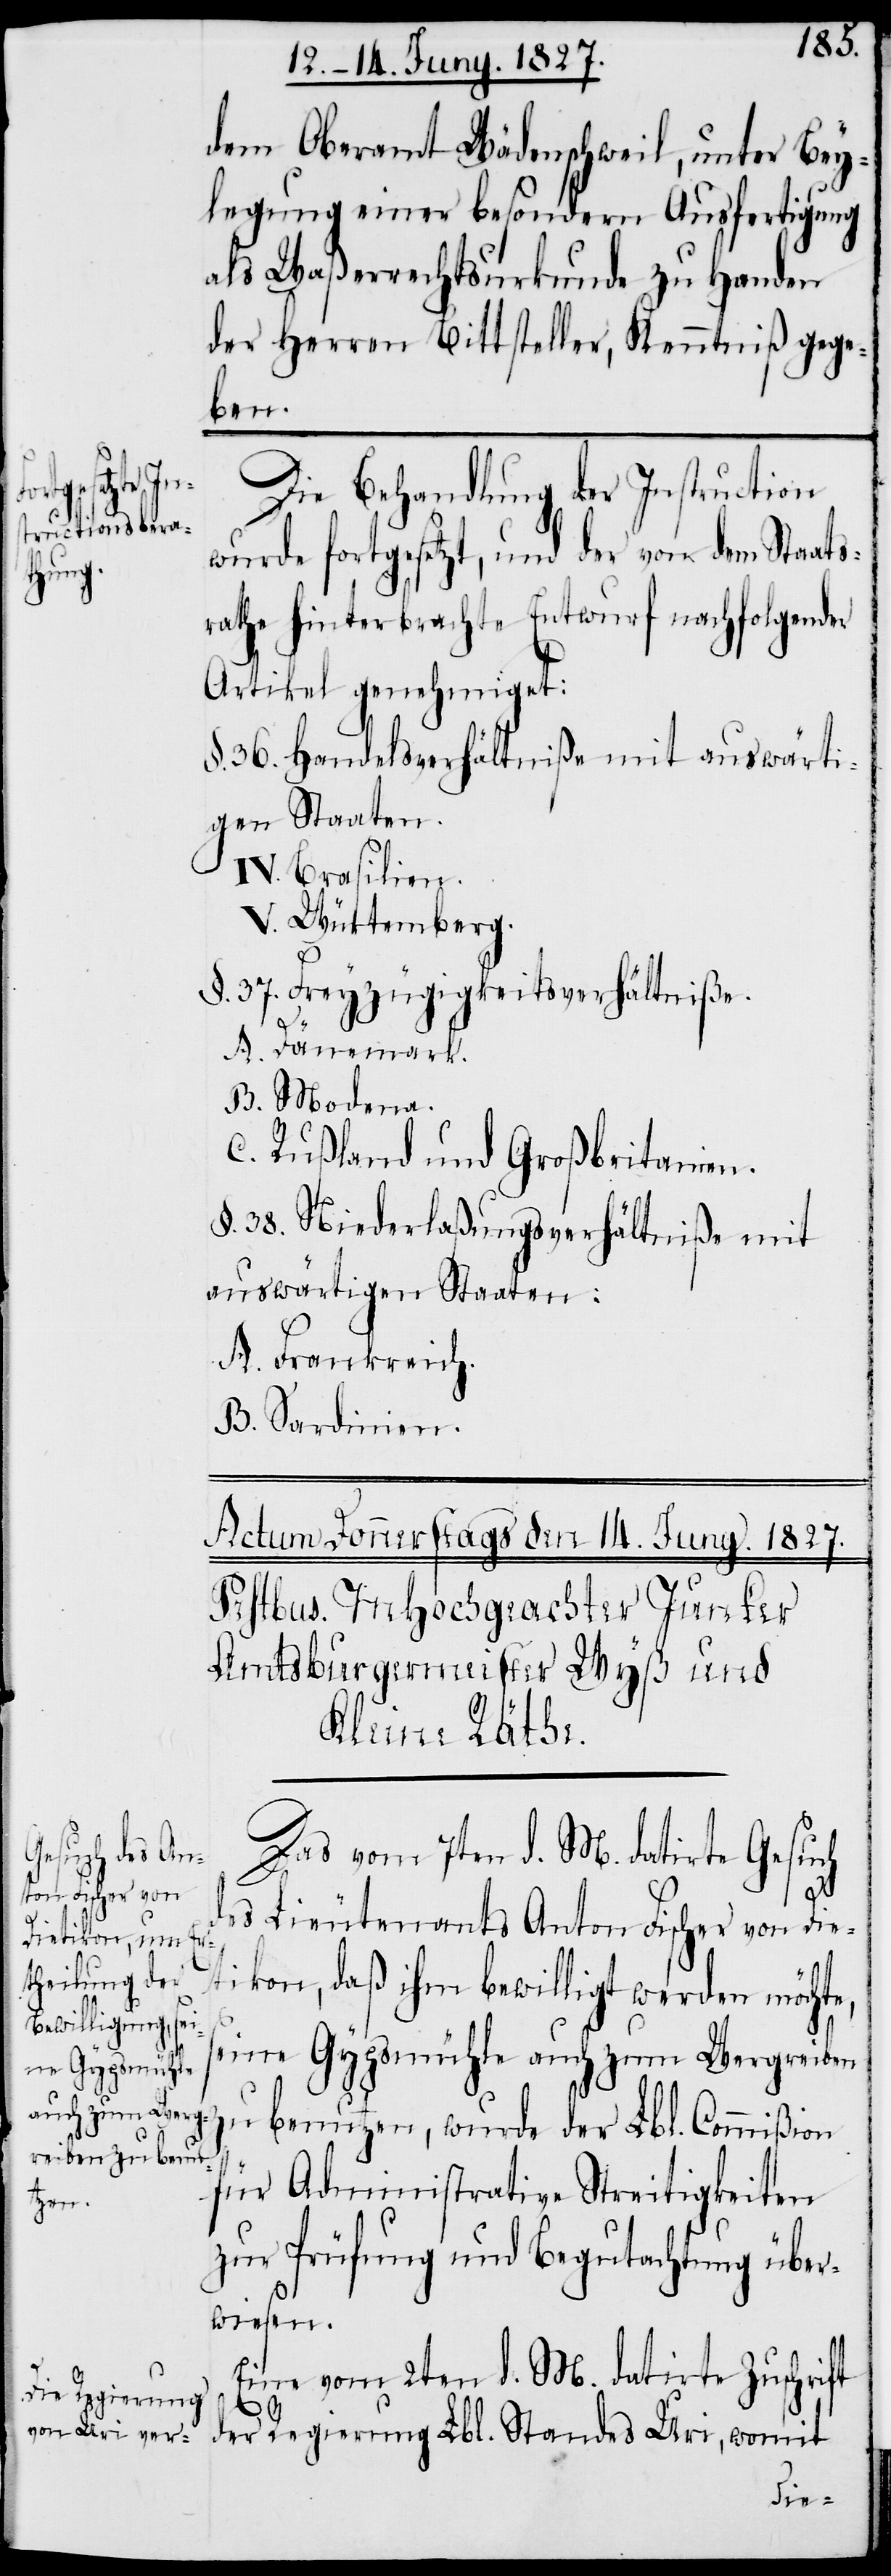
dem Oberamt Wädenschweil, unter Bey¬
legung einer besondern Ausfertigung
als Waßerrechtsurkunde zu Handen
der Herren Bittsteller, Kenntniß gege¬
ben.
Die Behandlung der Instruction
wurde fortgesetzt, und der von dem Staats¬
rathe hinterbrachte Entwurf nachfolgender
Artikel genehmiget:
§. 36. Handelsverhältniße mit auswärti¬
gen Staaten.
IV. Brasilien.
V. Würtemberg
§. 37. Freyzügigkeitsverhältniße.
A. Dänemark.
B. Modena.
C. Rußland und Großbritanien.
§. 38. Niederlaßungsverhältniße mit
auswärtigen Staaten:
A. Frankreich.
B. Sardinien.
Das vom 7ten d. M. datirte Gesuch
d¬
es Lieutenants Anton Fischer von Die¬
tikon, daß ihm bewilligt werden möchte,
seine Gypsmühle auch zum Wergreiben
zu benutzen, wurde der Lbl. Commißion
für Administrative Streitigkeiten
zur Prüfung und Begutachtung über¬
wiesen.
Eine vom 2ten d. M. datrite Zuschrift
der Regierung Lbl. Standes Uri, womit